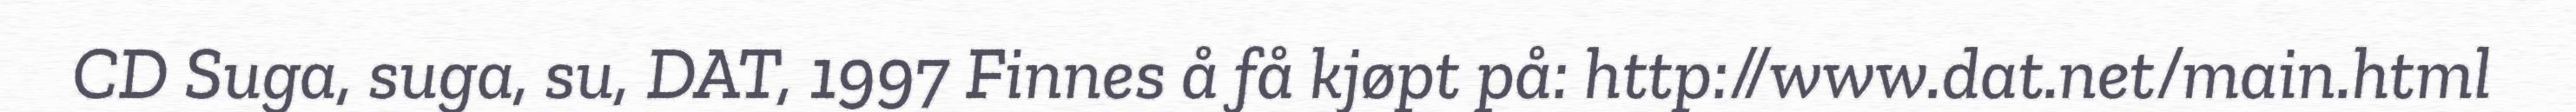
CD Suga, suga, su, DAT, 1997 Finnes å få kjøpt på: http://www.dat.net/main.html